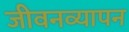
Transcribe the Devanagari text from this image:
जीवनव्यापन